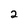
Character: 2